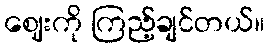
ဈေးကို ကြည့်ချင်တယ်။